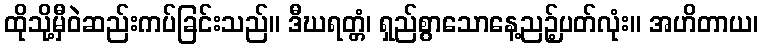
ထိုသို့မှီဝဲဆည်းကပ်ခြင်းသည်။ ဒီဃရတ္တံ၊ ရှည်စွာသောနေ့ညဉ့်ပတ်လုံး။ အဟိတာယ၊